Rapla_vallavalitsus, lk 16
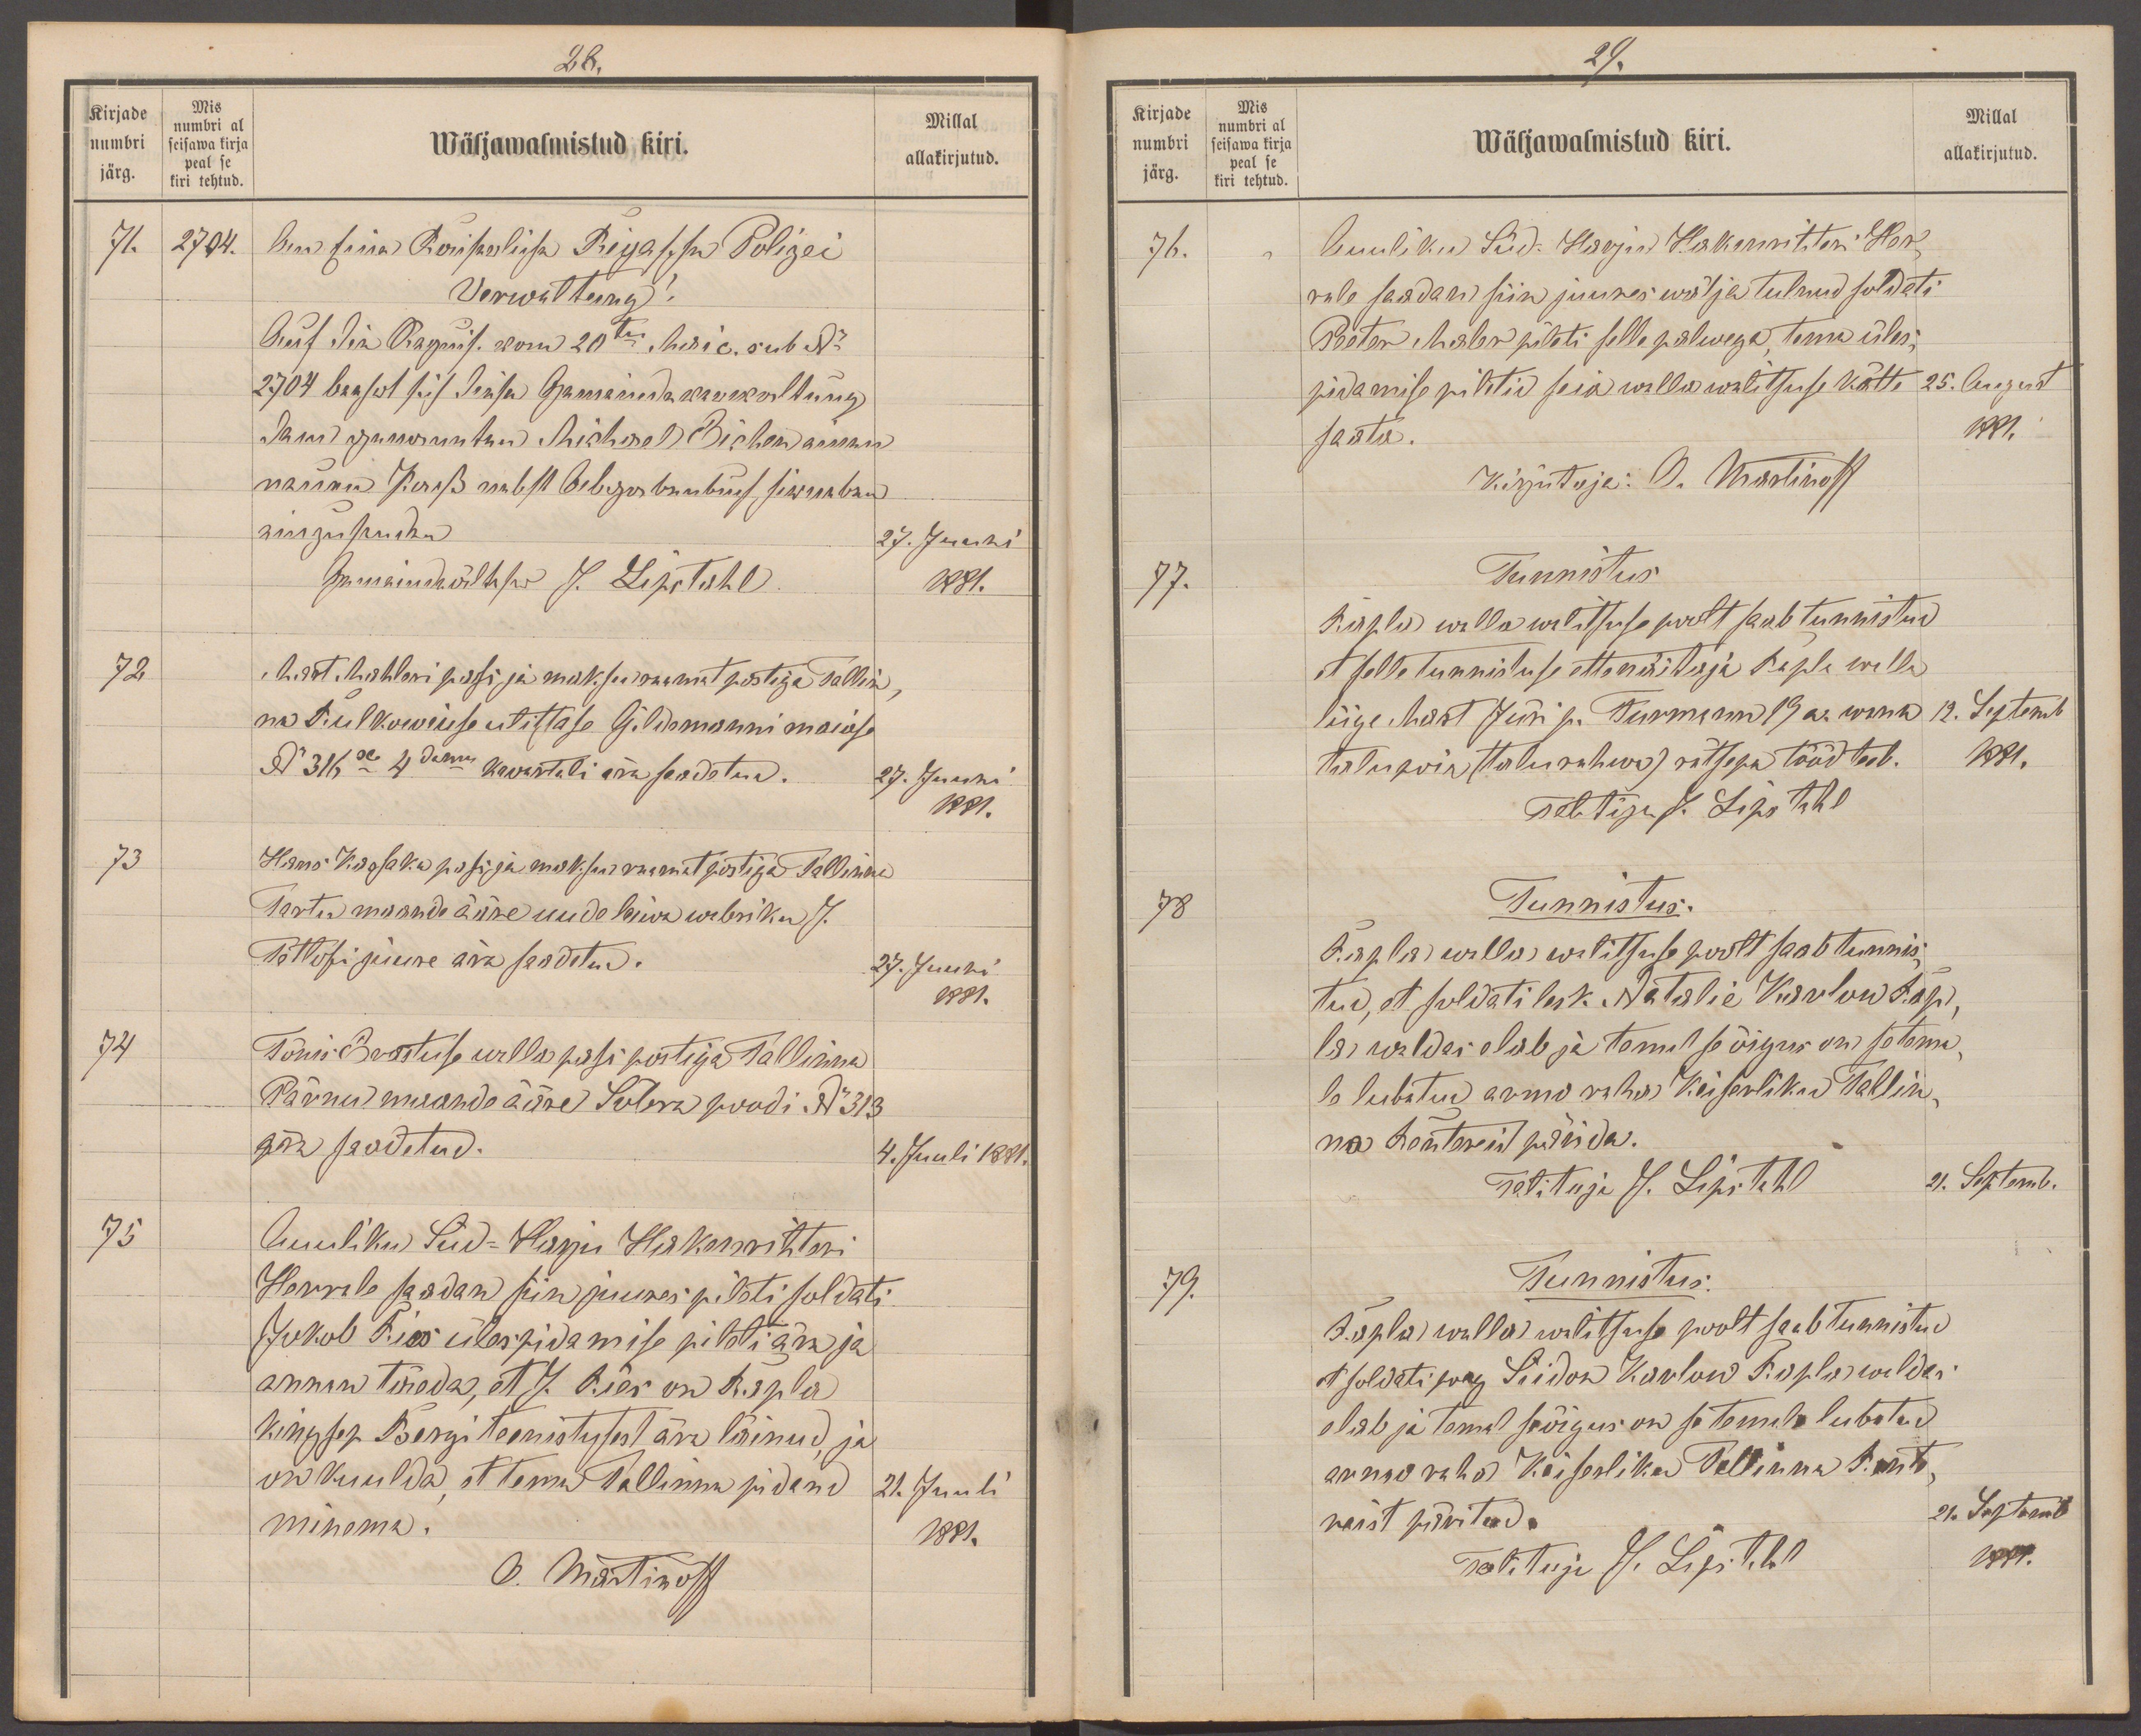
28.
Kirjade
Mis
numbri al
numbri
seisawa kirja
Wäljawalmistud kiri.
Millal
peal se
järg.
allakirjutud.
kiri tehtud.
71.
2704.
lpn sõisa Roisooliisa Prija sisu Polizei
Verwaltung!
Gust Sina Raginis. konu 20ts. hwi c. sub N
2704 beasst s.is Tüsa Gaminenda krukultung
sain aga nooruntud Michael Bichen einen
näinud Kerep mobilist Georgor kaebus, sissaeban
стзирияни
27. Juuni
Gumajndkültsus J. Lipsctahl
1881.
72
Mart Mahleri passi ja maksu raamat postiga Tallin,
na Rulkowiuse ulitsasse Gildemanni maiase
No 316se 4dama kwartali ära saadetud.
27. Juuni
1881.
73.
Hans Kassaku pass ja maksu raamat postiga Tallinna
Tartu maande ääre uude leiwa wabriku J.
Tetlofi juure ära saadetud.
27. Juuni
1881.
74
Tõnis Erastuse walla passi postiga Tallinna
Pärnu maande ääre Sõbra poodi No 313
ära saadetud.
4. Juuli 1881.
75
Auuliku Süd-Harju Hakenrihteri
Herrale saadan siin juures pileti soldati
Jakob Ries ülespidamise pileti ära ja
annan täeda, et J. Ries on Rapla
kingsep Bergi teenistusest ära läinud ja
on kuulda, et tema Tallinna pidand
21. Juuli
minema.
1881.
O. Martinoff

29.
Kirjade
Mis
numbri al
numbri
Millal
seisawa kirja
Wäljawalmistud kiri.
allakirjutud.
peal se
järg.
kiri tehtud.
76.
Auuliku Süd-Harju Hakenrihteri Her
rale saadan siin juures wälja tulnud soldati
Peeter Maler pileti selle palwega, tema üles-
pidamise piletid seia walla walitsuse kätte
25. August
saati.
1881.
Kirjutaja: O. Martinoff
77.
Tunnistus
Rapla walla walitsuse poolt saab tunnistud
et selle tunnistuse ettenäitaja Rapla walla
liige Mart Jüri p. Turmann 19 a. wana
12. Septemb
talu poik (talurahwa) rätsepa tööd teeb.
1881
Talitaja J. Lipstahl
78
Tunnistus.
Rapla, walla walitsuse poolt saab tunnis-
tud, et soldati lesk. Natalie Karlow Rap
la waldas elab ja temal se õigus on se tema
le lubatud armo raha Keiserliku Tallin-
na Rentereid pärida.
Talitaja J. Lipstahl
21. Septemb.
79.
Tunnistus:
Rapla walla walitsuse poolt saab tunnistud
et soldati poeg Siidor Karlow Rapla waldas
elab ja temal se õigus on se temale lubatud
armo raha Keiserliku Tallinna Rente
reist päritud.
21. Septemb
Talitaja J. Lipstahl
1881.